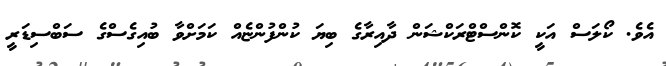
އެވެ. ކޯލަސް އަކީ ކޮންސްޓްރަކްޝަން ދާއިރާގެ ބިޔަ ކުންފުންޏެއް ކަމަށްވާ ބުއިގެސްގެ ސަބްސިޑަރީ